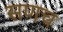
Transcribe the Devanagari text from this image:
सणच